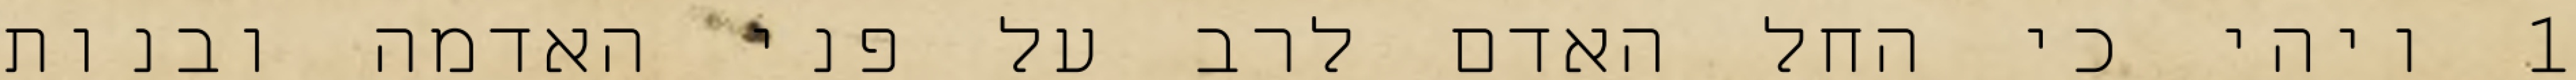
1 ויהי כי החל האדם לרב על פני האדמה ובנות